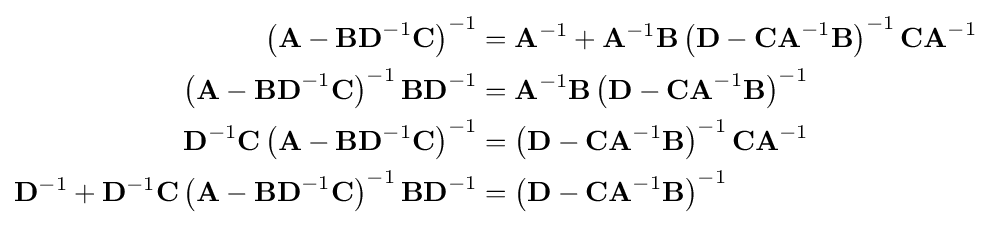
{\begin{aligned}\left(\mathbf {A} -\mathbf {BD} ^{-1}\mathbf {C} \right)^{-1}&=\mathbf {A} ^{-1}+\mathbf {A} ^{-1}\mathbf {B} \left(\mathbf {D} -\mathbf {CA} ^{-1}\mathbf {B} \right)^{-1}\mathbf {CA} ^{-1}\\\left(\mathbf {A} -\mathbf {BD} ^{-1}\mathbf {C} \right)^{-1}\mathbf {BD} ^{-1}&=\mathbf {A} ^{-1}\mathbf {B} \left(\mathbf {D} -\mathbf {CA} ^{-1}\mathbf {B} \right)^{-1}\\\mathbf {D} ^{-1}\mathbf {C} \left(\mathbf {A} -\mathbf {BD} ^{-1}\mathbf {C} \right)^{-1}&=\left(\mathbf {D} -\mathbf {CA} ^{-1}\mathbf {B} \right)^{-1}\mathbf {CA} ^{-1}\\\mathbf {D} ^{-1}+\mathbf {D} ^{-1}\mathbf {C} \left(\mathbf {A} -\mathbf {BD} ^{-1}\mathbf {C} \right)^{-1}\mathbf {BD} ^{-1}&=\left(\mathbf {D} -\mathbf {CA} ^{-1}\mathbf {B} \right)^{-1}\end{aligned}}